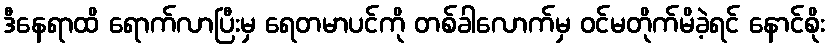
ဒီနေရာထိ ရောက်လာပြီးမှ ရေတမာပင်ကို တစ်ခါလောက်မှ ဝင်မတိုက်မိခဲ့ရင် နောင်စိုး